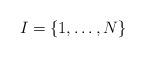
LaTeX: \begin{align*}I = \{1, \dots, N\}\end{align*}